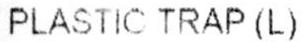
PLASTIC TRAP (L)